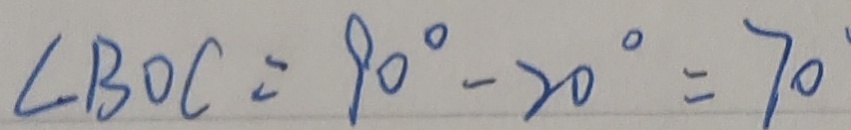
\angle B O C = 9 0 ^ { \circ } - 2 0 ^ { \circ } = 7 0